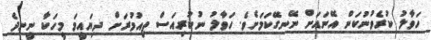
ހަވާލު ކުރެވުނުކަން އޭނައަށް ނޭނގޭކަމަށެވެ. ހަވާލު ނުކުރިއަސް ތިއުމުރަށް ދިޔައީމަ މީހަކާ ނީނދެ